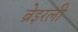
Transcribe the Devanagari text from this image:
ब्रेइरली